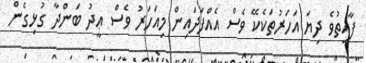
ފާއިތުވެ ދިޔަ އަހަރުތަކެކޭ ވެސް އެއްފަދައިން މިއަހަރު ވެސް ޢީދު ބަންދާ ގުޅިގެން